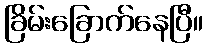
ခြိမ်းခြောက်နေပြီ။